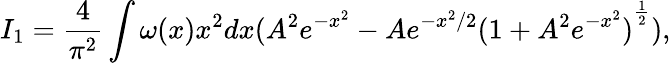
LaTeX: I_{1}={\frac{4}{\pi^{2}}}\int{\omega(x)x^{2}dx(A^{2}e^{-x^{2}}-Ae^{-{{x^{2}}/2}}{(1+A^{2}e^{-x^{2}})}^{\frac{1}{2}})},